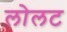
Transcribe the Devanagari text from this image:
लोलट